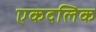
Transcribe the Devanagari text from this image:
एकदलिक